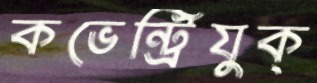
কভেন্ট্রিযুক্